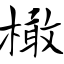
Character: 橄